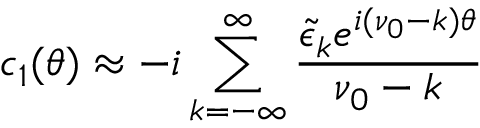
c _ { 1 } ( \theta ) \approx - i \sum _ { k = - \infty } ^ { \infty } \frac { { \tilde { \epsilon } } _ { k } e ^ { i ( \nu _ { 0 } - k ) \theta } } { \nu _ { 0 } - k }